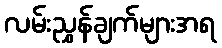
လမ်းညွှန်ချက်များအရ